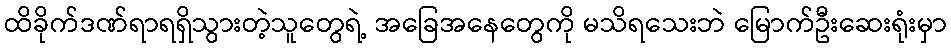
ထိခိုက်ဒဏ်ရာရရှိသွားတဲ့သူတွေရဲ့ အခြေအနေတွေကို မသိရသေးဘဲ မြောက်ဦးဆေးရုံးမှာ